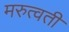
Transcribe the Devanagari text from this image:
मरुत्वती